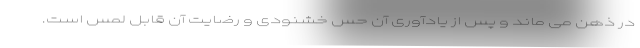
در ذهن می ماند و پس از یادآوری آن حس خشنودی و رضایت آن قابل لمس است.